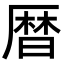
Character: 暦